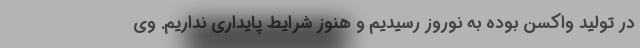
در تولید واکسن بوده به نوروز رسیدیم و هنوز شرایط پایداری نداریم. وی